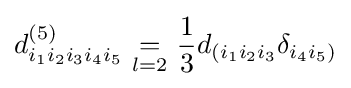
d_{i_{1}i_{2}i_{3}i_{4}i_{5}}^{(5)}\ {\underset {l=2}{=}}\ {\frac {1}{3}}d_{(i_{1}i_{2}i_{3}}\delta _{i_{4}i_{5})}